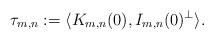
LaTeX: \begin{align*}\tau_{m,n}:= \langle K_{m,n}(0), I_{m,n}(0)^\perp\rangle.\end{align*}